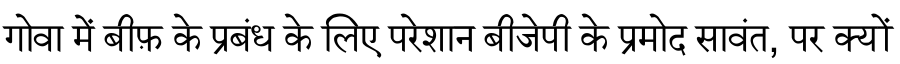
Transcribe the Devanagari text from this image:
गोवा में बीफ़ के प्रबंध के लिए परेशान बीजेपी के प्रमोद सावंत, पर क्यों